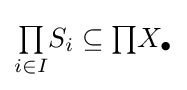
{\textstyle \prod \limits _{i\in I}}S_{i}\subseteq {\textstyle \prod }X_{\bullet }